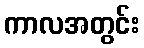
ကာလအတွင်း